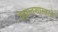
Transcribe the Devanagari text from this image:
वेदान्तशास्त्राचे